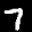
Label: 7